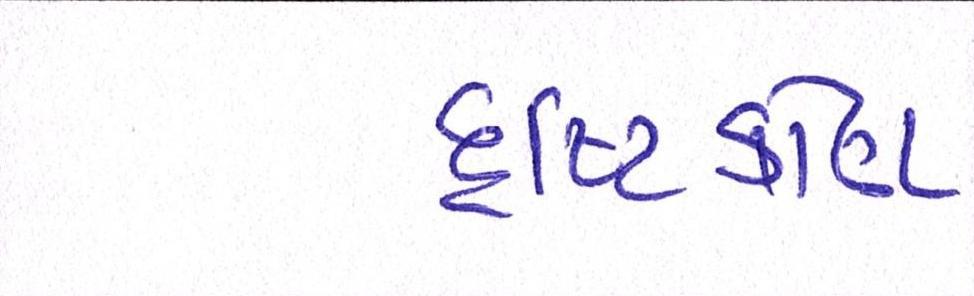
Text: દૃષ્ટિકોણ